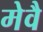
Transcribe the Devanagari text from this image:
मेवै